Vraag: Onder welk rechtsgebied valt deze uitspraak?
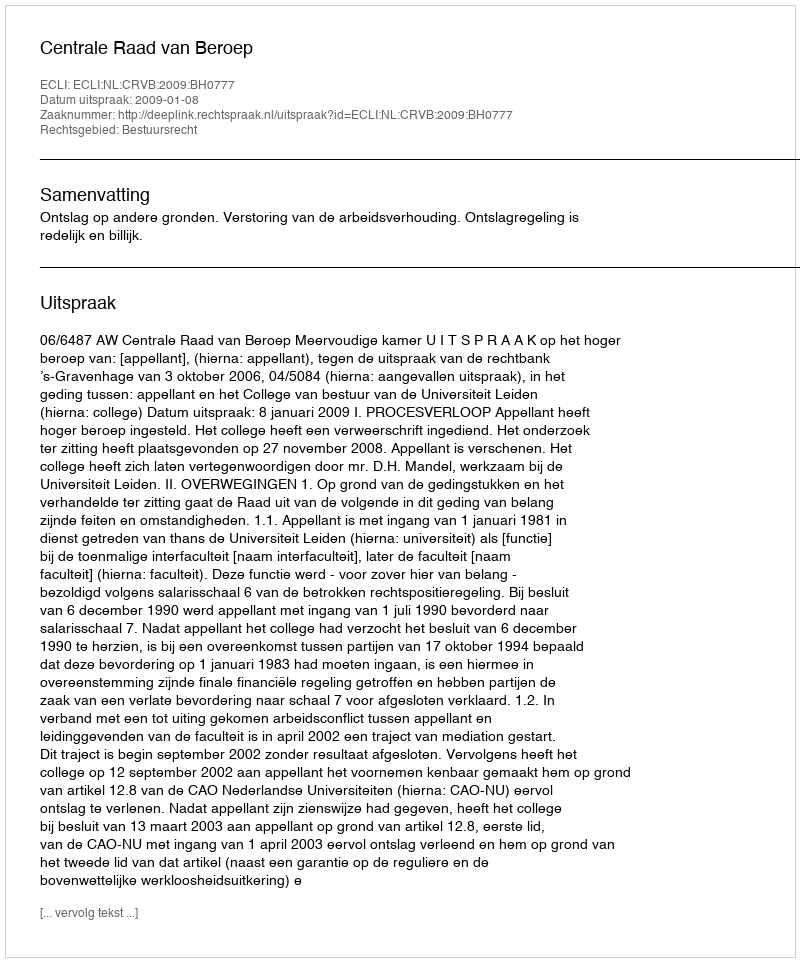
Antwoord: Bestuursrecht